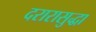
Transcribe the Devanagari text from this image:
दरारासुद्धा